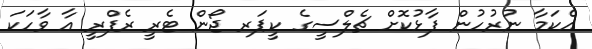
އެކަމާ ނުރުހުން ފާޅުކޮށް ޗެލްސީގެ ކީޕަރ ޖޯން ޓެރީ ރެފްރީ އާ ވާހަކަ